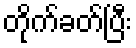
တိုက်ခတ်ပြီး